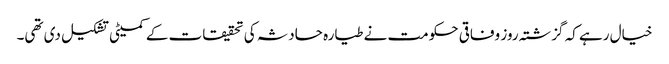
خیال رہے کہ گزشتہ روز وفاقی حکومت نے طیارہ حادثہ کی تحقیقات کے کمیٹی تشکیل دی تھی۔